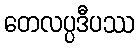
တေလပ္ပဒီပဿ